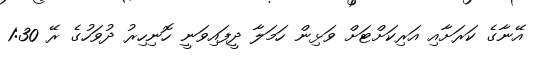
އޭނާގެ ކަރަށާއި އަރިކަށްޓަށް ވަޅިން ހަމަލާ ދީފައިވަނީ ހޮނިހިރު ދުވަހުގެ ރޭ 1:30